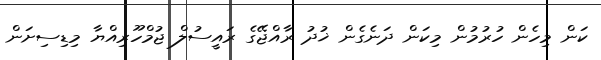
ކަން މިހެން ހުރުމުން މިކަން ދަނެގެން ޚުދު ރާއްޖޭގެ ރައީސުލް ޖުމްހޫރިއްޔާ މިޑިސިށަން